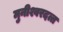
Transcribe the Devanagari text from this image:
मुनीश्वरदत्त